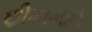
છીમાભાઈ